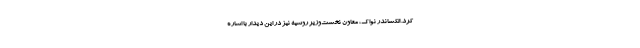
کرد. الکساندر نواک، معاون نخست‌وزیر روسیه نیز در این دیدار با اشاره